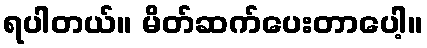
ရပါတယ်။ မိတ်ဆက်ပေးတာပေါ့။